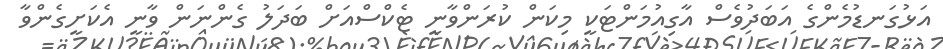
އަޅުގަނޑުމެންގެ އަބަދުވެސް އާގިއުމަންޓަކީ މިކަން ކުރަންވާނީ ޓެކްސްއަށް ބަދަލު ގެންނަން ވާނީ އެކަށީގެންވާ